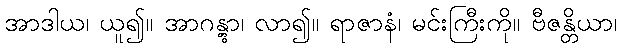
အာဒါယ၊ ယူ၍။ အာဂန္တွာ၊ လာ၍။ ရာဇာနံ၊ မင်းကြီးကို။ ဗီဇန္တိယာ၊